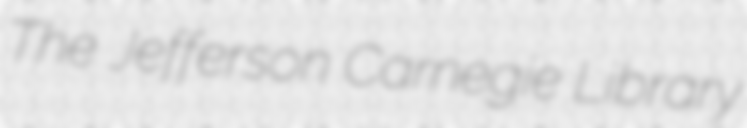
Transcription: The Jefferson Carnegie Library